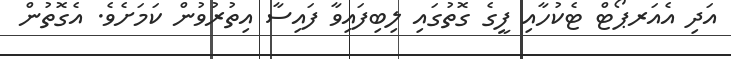
އަދި އެއަރޕޯޓް ޓެކުހާއި ފީގެ ގޮތުގައި ލިބިފައިވާ ފައިސާ އިތުރުވުން ކަމަށެވެ. އެގޮތުން